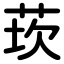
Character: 莰